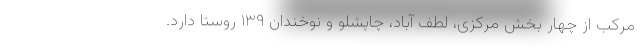
مرکب از چهار بخش مرکزی، لطف آباد، چاپشلو و نوخندان ۱۳۹ روستا دارد.